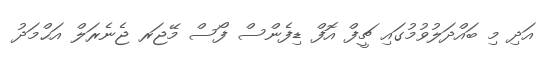
އަދި މި ބައްދަލުވުމުގައި ޗީފް އޮފް ޑިފެންސް ފޯސް މޭޖަރ ޖެނެރަލް އަޙްމަދު